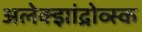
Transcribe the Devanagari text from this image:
अलेक्झांद्रोव्स्क